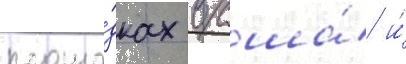
площа́дках в сша́ и́